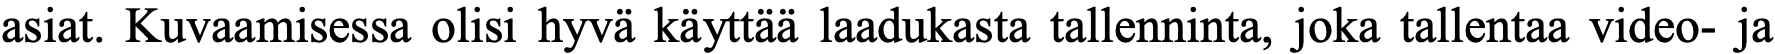
asiat. Kuvaamisessa olisi hyvä käyttää laadukasta tallenninta, joka tallentaa video- ja